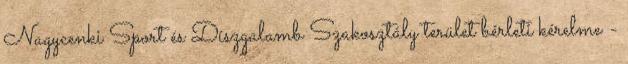
Nagycenki Sport és Díszgalamb Szakosztály terület bérleti kérelme -